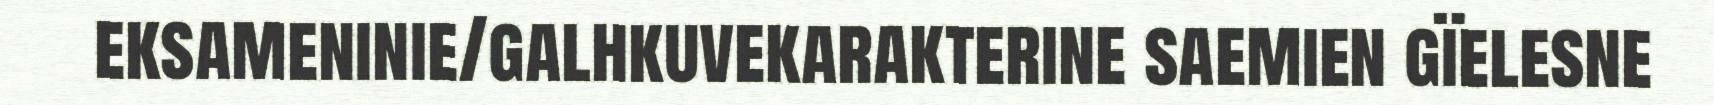
eksameninie/galhkuvekarakterine saemien gïelesne